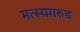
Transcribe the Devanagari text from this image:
मत्स्यगरुड